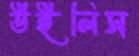
উইলিস